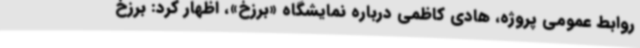
روابط عمومی پروژه، هادی کاظمی درباره نمایشگاه «برزخ»، اظهار کرد: برزخ